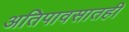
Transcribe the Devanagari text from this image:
अतिपावसातही